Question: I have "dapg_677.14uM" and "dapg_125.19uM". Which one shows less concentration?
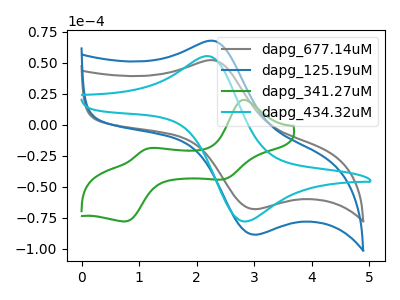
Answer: <think>The gray curve "dapg_677.14uM" has an anodic peak at (2.30V, 51.70uA) and a cathodic peak at (3.00V, -68.25uA). The blue curve "dapg_125.19uM" has an anodic peak at (2.30V, 67.30uA) and a cathodic peak at (3.00V, -88.80uA). The green curve "dapg_341.27uM" has anodic peaks at (2.80V, 19.75uA) (1.15V, -19.60uA) and cathodic peaks at (2.45V, -44.20uA) (0.75V, -78.10uA). The cyan curve "dapg_434.32uM" has an anodic peak at (2.25V, 54.90uA) and a cathodic peak at (2.85V, -78.25uA).
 All the peaks in "dapg_677.14uM" have a peak in "dapg_125.19uM" at the same potential. Every peak in "dapg_677.14uM" is lower than every peak in "dapg_125.19uM".</think>
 <answer>"dapg_677.14uM" has less signal than "dapg_125.19uM" and so likely has a lower concentration.</answer>
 <eval>less_concentration</eval>